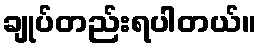
ချုပ်တည်းရပါတယ်။